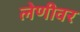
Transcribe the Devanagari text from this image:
लेणीवर